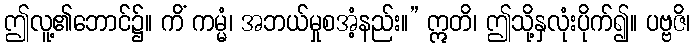
ဤလူ့၏ဘောင်၌။ ကိံ ကမ္မံ၊ အဘယ်မှုစအံ့နည်း။” ဣတိ၊ ဤသို့နှလုံးပိုက်၍။ ပဗ္ဗဇိ၊